Insane asylums in Bengal annual reports 1867-1875 - 1867-1875
Year: 1867
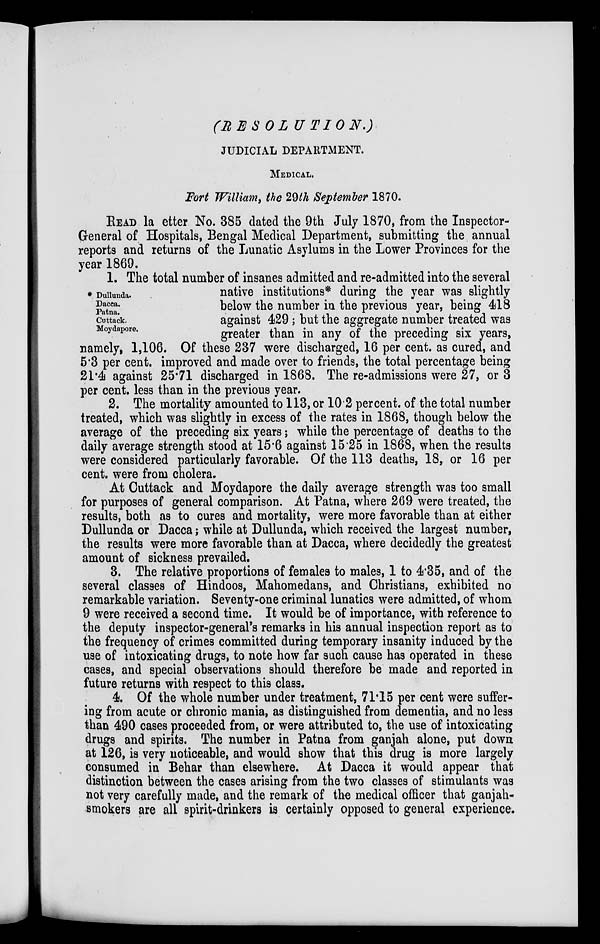
(RESOLUTION.)
JUDICIAL DEPARTMENT.
MEDICAL.
Fort William, the 29th September 1870.
READ la etter No. 385 dated the 9th July 1870, from the Inspector-
General of Hospitals, Bengal Medical Department, submitting the annual
reports and returns of the Lunatic Asylums in the Lower Provinces for the
year 1869.
* Dullunda.
Dacca.
Patna.
Cuttack.
Moydapore.
1. The total number of insanes admitted and re-admitted into the several
native institutions* during the year was slightly
below the number in the previous year, being 418
against 429; but the aggregate number treated was
greater than in any of the preceding six years,
namely, 1,106. Of these 237 were discharged, 16 per cent. as cured, and
5.3 per cent. improved and made over to friends, the total percentage being
21.4 against 25.71 discharged in 1868. The re-admissions were 27, or 3
per cent. less than in the previous year.
2. The mortality amounted to 113, or 10.2 percent. of the total number
treated, which was slightly in excess of the rates in 1868, though below the
average of the preceding six years; while the percentage of deaths to the
daily average strength stood at 15.6 against 15.25 in 1868, when the results
were considered particularly favorable. Of the 113 deaths, 18, or 16 per
cent. were from cholera.
At Cuttack and Moydapore the daily average strength was too small
for purposes of general comparison. At Patna, where 269 were treated, the
results, both as to cures and mortality, were more favorable than at either
Dullunda or Dacca ; while at Dullunda, which received the largest number,
the results were more favorable than at Dacca, where decidedly the greatest
amount of sickness prevailed.
3. The relative proportions of females to males, 1 to 4.35, and of the
several classes of Hindoos, Mahomedans, and Christians, exhibited no
remarkable variation. Seventy-one criminal lunatics were admitted, of whom
9 were received a second time. It would be of importance, with reference to
the deputy inspector-general's remarks in his annual inspection report as to
the frequency of crimes committed during temporary insanity induced by the
use of intoxicating drugs, to note how far such cause has operated in these
cases, and special observations should therefore be made and reported in
future returns with respect to this class.
4. Of the whole number under treatment, 71.15 per cent were suffer-
ing from acute or chronic mania, as distinguished from dementia, and no less
than 490 cases proceeded from, or were attributed to, the use of intoxicating
drugs and spirits. The number in Patna from ganjah alone, put down
at 126, is very noticeable, and would show that this drug is more largely
consumed in Behar than elsewhere. At Dacca it would appear that
distinction between the cases arising from the two classes of stimulants was
not very carefully made, and the remark of the medical officer that ganjah¬
smokers are all spirit-drinkers is certainly opposed to general experience.